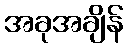
အခုအချိန်